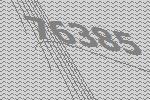
76385